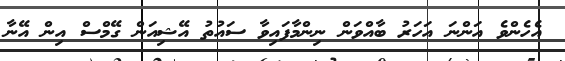
އެހެންވެ އަންނަ އަހަރު ބާއްވަން ނިންމާފައިވާ ސައުތު އޭޝިއަން ގޭމްސް އިން އޭނާ